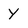
Character: y